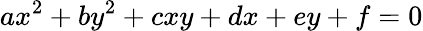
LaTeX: ax^{2}+by^{2}+cxy+dx+ey+f=0